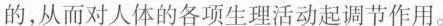
的，从而对人体的各项生理活动起调节作用。